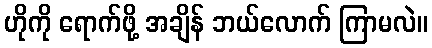
ဟိုကို ရောက်ဖို့ အချိန် ဘယ်လောက် ကြာမလဲ။